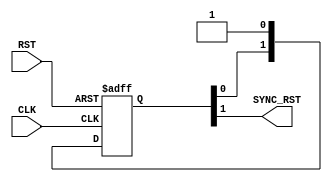
module  RST_SYNC  # (parameter  NUM_STAGES=2)
  (
input    wire     CLK,
input    wire     RST,
output   wire    SYNC_RST    
  );
  //internal signal
reg  [NUM_STAGES-1:0] Flipflops;
//synchronizer
always  @ (posedge  CLK or negedge RST)
  begin
    if(!RST)
      Flipflops<='b0;
    else
      begin
        if(NUM_STAGES==1)
          Flipflops<='b1;
        else
         Flipflops<={Flipflops[NUM_STAGES-2:0],1'b1}; 
      end
  end
//output from module
assign  SYNC_RST=Flipflops[NUM_STAGES-1];
endmodule